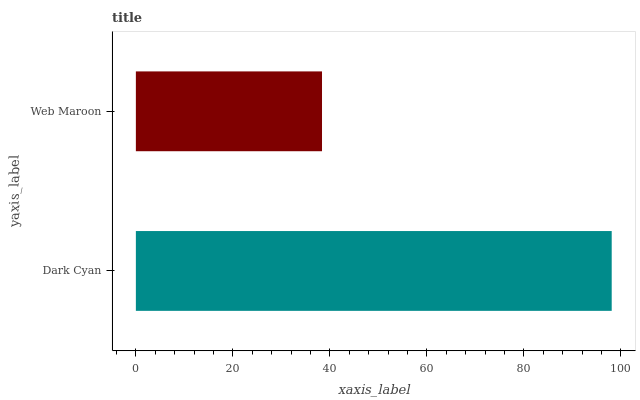
| yaxis_label | bars |
 | --- | --- |
 | Dark Cyan | 98.1 |
 | Web Maroon | 38.4 |